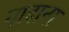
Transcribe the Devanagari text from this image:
नादाना